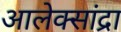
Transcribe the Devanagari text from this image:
आलेक्सांद्रा